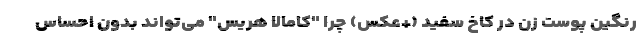
رنگین پوست زن در کاخ سفید (+عکس) چرا "کامالا هریس" می‌تواند بدون احساس